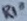
Text: R10